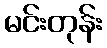
မင်းတုန်း